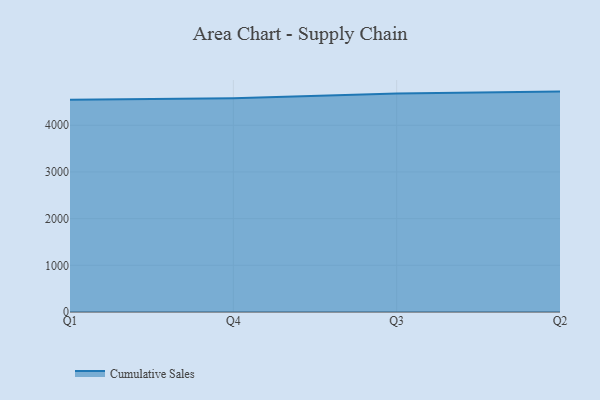
{"axis": {"x": "Quarter", "y": "Latency (ms)"}, "legend": ["Cumulative Sales"], "data": [{"x": "Q1", "y": 4546.7, "type": "Cumulative Sales"}, {"x": "Q4", "y": 4578.0, "type": "Cumulative Sales"}, {"x": "Q3", "y": 4680.7, "type": "Cumulative Sales"}, {"x": "Q2", "y": 4721.7, "type": "Cumulative Sales"}]}